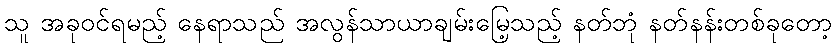
သူ အခုဝင်ရမည့် နေရာသည် အလွန်သာယာချမ်းမြေ့သည့် နတ်ဘုံ နတ်နန်းတစ်ခုတော့